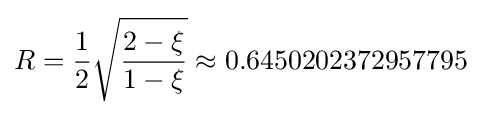
R={\frac {1}{2}}{\sqrt {\frac {2-\xi }{1-\xi }}}\approx 0.6450202372957795